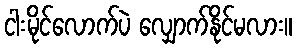
ငါးမိုင်လောက်ပဲ လျှောက်နိုင်မလား။